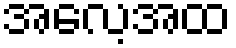
အလေ့အထ